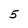
Character: 5